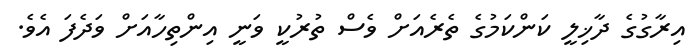
އިރާގުގެ ދާޚިލީ ކަންކަމުގެ ތެރެއަށް ވެސް ތުރުކީ ވަނީ އިންތިހާއަށް ވަދެފަ އެވެ.